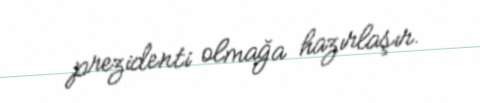
prezidenti olmağa hazırlaşır.